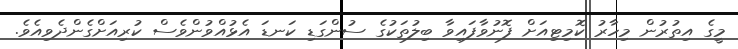
މީގެ އިތުރުން މިހާރު ކޮމިޓިއަށް ފޮނުވާފައިވާ ބިލުތަކުގެ ސުންގަޑި ކަނޑަ އެޅުއްވުންވެސް ކުރިއަށްގެންދެވިއެވެ.